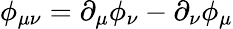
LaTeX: \phi_{\mu\nu}=\partial_{\mu}\phi_{\nu}-\partial_{\nu}\phi_{\mu}